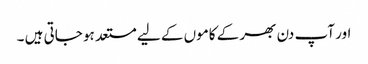
اور آپ دن بھر کے کاموں کے لیے مستعد ہو جاتی ہیں ۔